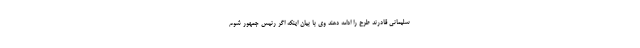
سلیمانی قادرند طرح را ادامه دهند وی با بیان اینکه اگر رئیس جمهور شوم